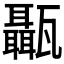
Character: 𤮱